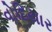
વોદિયાર